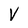
Character: V